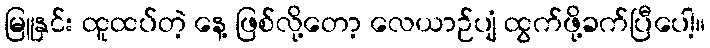
မြူနှင်း ထူထပ်တဲ့ နေ့ ဖြစ်လို့တော့ လေယာဉ်ပျံ ထွက်ဖို့ခက်ပြီပေါ့။